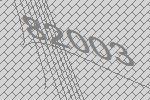
82003